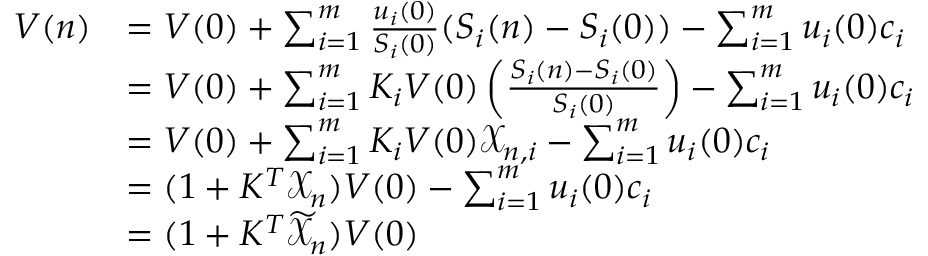
\begin{array} { r l } { V ( n ) } & { = V ( 0 ) + \sum _ { i = 1 } ^ { m } \frac { u _ { i } ( 0 ) } { S _ { i } ( 0 ) } ( S _ { i } ( n ) - S _ { i } ( 0 ) ) - \sum _ { i = 1 } ^ { m } u _ { i } ( 0 ) c _ { i } } \\ & { = V ( 0 ) + \sum _ { i = 1 } ^ { m } K _ { i } V ( 0 ) \left( \frac { S _ { i } ( n ) - S _ { i } ( 0 ) } { S _ { i } ( 0 ) } \right) - \sum _ { i = 1 } ^ { m } u _ { i } ( 0 ) c _ { i } } \\ & { = V ( 0 ) + \sum _ { i = 1 } ^ { m } K _ { i } V ( 0 ) \mathcal { X } _ { n , i } - \sum _ { i = 1 } ^ { m } u _ { i } ( 0 ) c _ { i } } \\ & { = ( 1 + K ^ { T } \mathcal { X } _ { n } ) V ( 0 ) - \sum _ { i = 1 } ^ { m } u _ { i } ( 0 ) c _ { i } } \\ & { = ( 1 + K ^ { T } \widetilde { \mathcal { X } } _ { n } ) V ( 0 ) } \end{array}